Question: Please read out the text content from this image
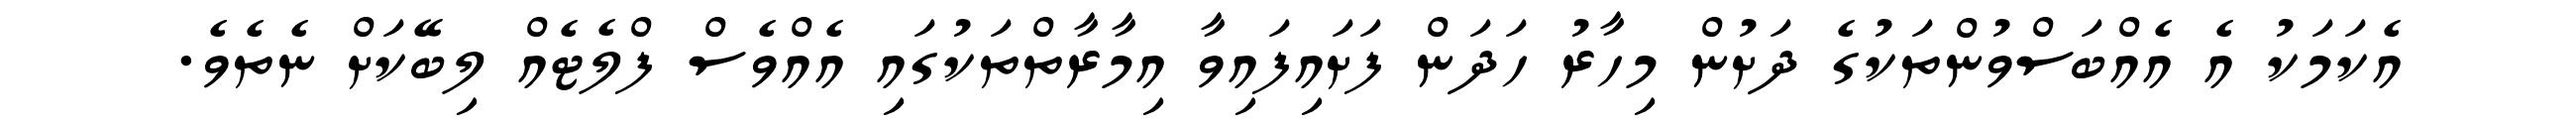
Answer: އެކަމަކު އެ އެއްބަސްވުންތަކުގެ ދަށުން މިހާރު ހަދަން ފަށައިފައިވާ އިމާރާތްތަކުގައި އެއްވެސް ފްލެޓެއް ލިބޭކަށް ނެތެވެ.